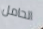
الحامل